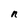
Character: n